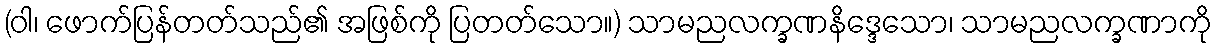
(ဝါ၊ ဖောက်ပြန်တတ်သည်၏ အဖြစ်ကို ပြတတ်သော။) သာမညလက္ခဏနိဒ္ဒေသော၊ သာမညလက္ခဏာကို